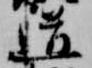
道